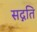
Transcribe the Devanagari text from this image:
सद्नति